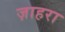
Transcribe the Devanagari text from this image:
ज़ाहरा